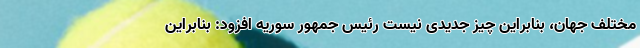
مختلف جهان، بنابراین چیز جدیدی نیست رئیس جمهور سوریه افزود: بنابراین